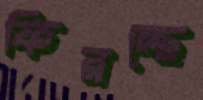
ফিরচ্ছে